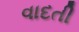
વાદતી